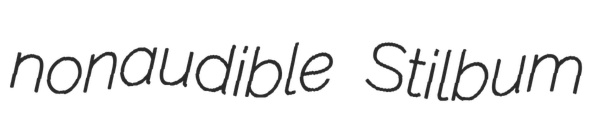
nonaudible Stilbum